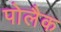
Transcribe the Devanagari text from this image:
पोलैक